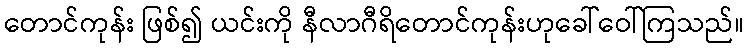
တောင်ကုန်း ဖြစ်၍ ယင်းကို နီလာဂီရိတောင်ကုန်းဟုခေါ်ဝေါ်ကြသည်။